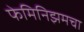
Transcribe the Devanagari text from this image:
फेमिनिझमचा